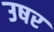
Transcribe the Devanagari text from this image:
उषर